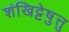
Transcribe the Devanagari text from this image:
शंखिट्टेषु़त्तु